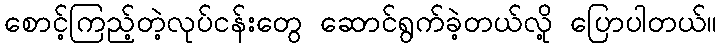
စောင့်ကြည့်တဲ့လုပ်ငန်းတွေ ဆောင်ရွက်ခဲ့တယ်လို့ ပြောပါတယ်။